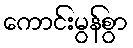
ကောင်းမွန်စွာ